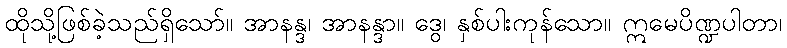
ထိုသို့ဖြစ်ခဲ့သည်ရှိသော်။ အာနန္ဒ၊ အာနန္ဒာ။ ဒွေ၊ နှစ်ပါးကုန်သော။ ဣမေပိဏ္ဍပါတာ၊